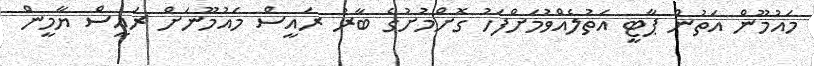
މައުމޫން އަތުން ޕާޓީ އަތުލެއްވުމަށްފަހު ގޮށްމުށުގެ ބާރު ރައީސް މައުމޫނަށް ރައީސް ޔާމީން